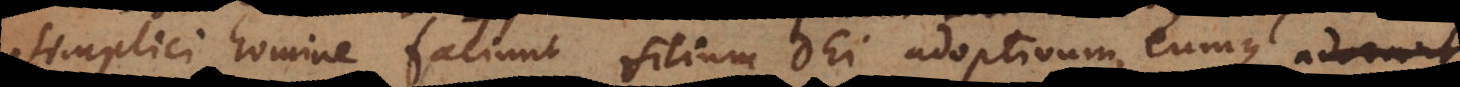
simplici homine faciunt filium Dei adoptivum, eumque